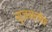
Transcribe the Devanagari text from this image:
सृजनलोक